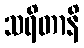
သရိတာနိ